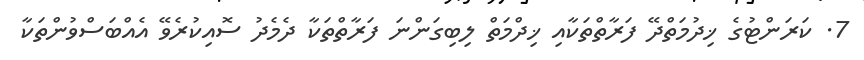
7. ކަރަންޓުގެ ޚިދުމަތްދޭ ފަރާތްތަކާއި ޚިދްމަތް ލިބިގަންނަ ފަރާތްތަކާ ދެމެދު ސޮއިކުރެވޭ އެއްބަސްވުންތަކާ